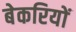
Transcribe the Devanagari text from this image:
बेकरियों